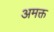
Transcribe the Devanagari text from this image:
अमक्त